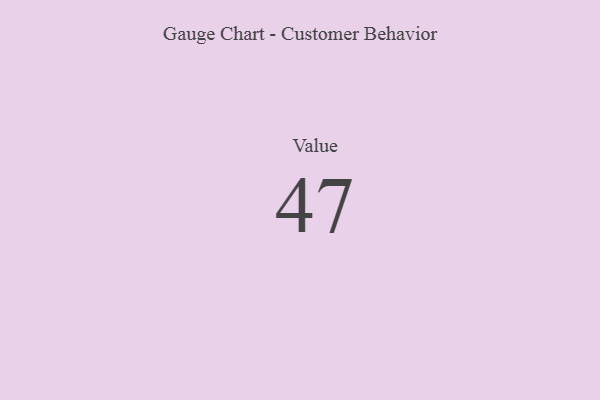
{"axis": {"x": "Metric", "y": "Value"}, "legend": [""], "data": [{"x": "Value", "y": 47, "type": ""}]}